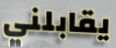
يقابلني